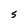
Character: 5